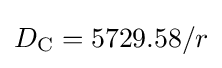
D_{\text{C}}=5729.58/r